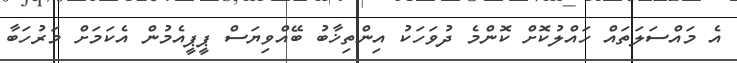
އެ މައްސަލަތައް ހައްލުކޮށް ކޮންމެ ދުވަހަކު އިންތިޚާބު ބޭއްވިޔަސް ޕީޕީއެމުން އެކަމަށް މަރުހަބާ